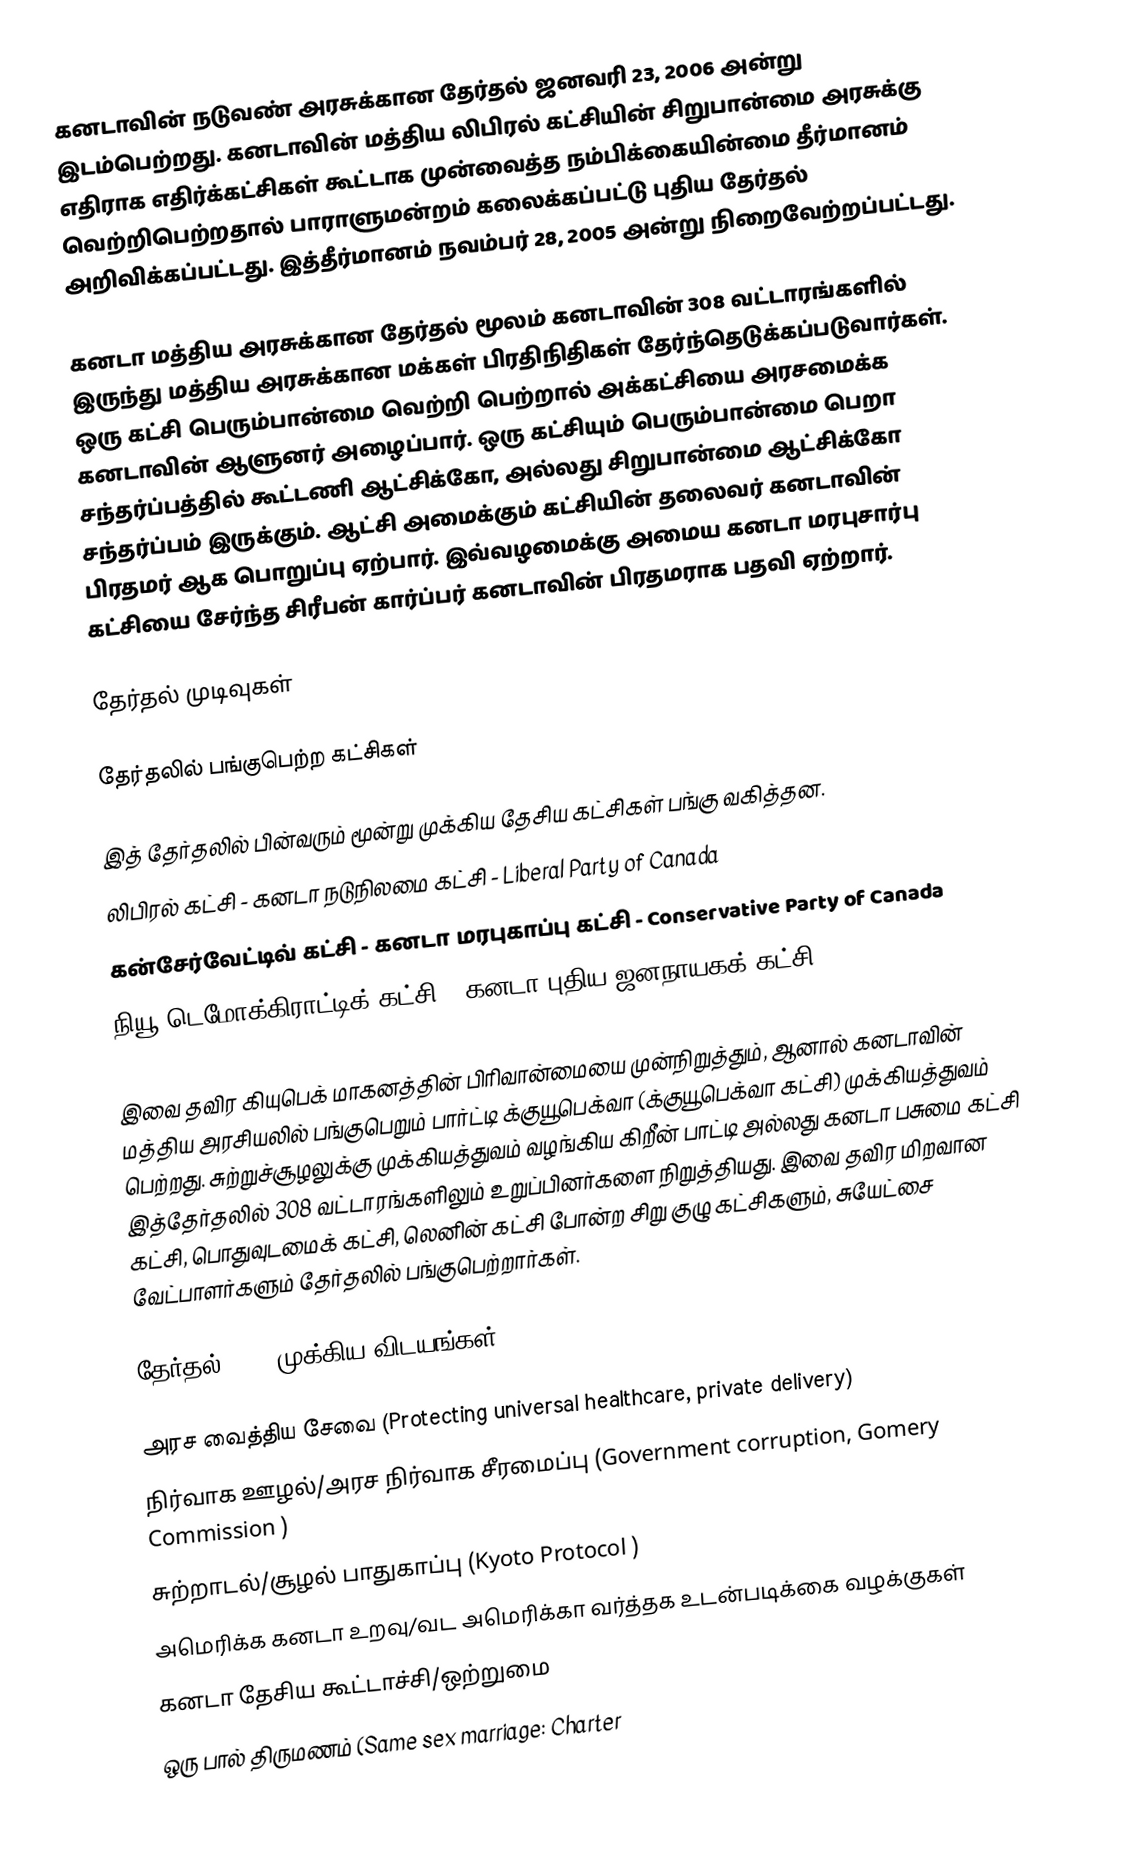
கனடாவின் நடுவண் அரசுக்கான தேர்தல் ஜனவரி 23, 2006 அன்று இடம்பெற்றது.   கனடாவின் மத்திய லிபிரல் கட்சியின் சிறுபான்மை அரசுக்கு எதிராக எதிர்க்கட்சிகள் கூட்டாக முன்வைத்த நம்பிக்கையின்மை தீர்மானம் வெற்றிபெற்றதால் பாராளுமன்றம் கலைக்கப்பட்டு புதிய தேர்தல் அறிவிக்கப்பட்டது. இத்தீர்மானம் நவம்பர் 28, 2005 அன்று நிறைவேற்றப்பட்டது.

கனடா மத்திய அரசுக்கான தேர்தல் மூலம் கனடாவின் 308 வட்டாரங்களில் இருந்து மத்திய அரசுக்கான மக்கள் பிரதிநிதிகள் தேர்ந்தெடுக்கப்படுவார்கள். ஒரு கட்சி பெரும்பான்மை வெற்றி பெற்றால் அக்கட்சியை அரசமைக்க கனடாவின் ஆளுனர் அழைப்பார்.  ஒரு கட்சியும் பெரும்பான்மை பெறா சந்தர்ப்பத்தில் கூட்டணி ஆட்சிக்கோ, அல்லது சிறுபான்மை ஆட்சிக்கோ சந்தர்ப்பம் இருக்கும். ஆட்சி அமைக்கும் கட்சியின் தலைவர் கனடாவின் பிரதமர் ஆக பொறுப்பு ஏற்பார்.  இவ்வழமைக்கு அமைய கனடா மரபுசார்பு கட்சியை சேர்ந்த சிரீபன் கார்ப்பர் கனடாவின் பிரதமராக பதவி ஏற்றார்.

தேர்தல் முடிவுகள்

தேர்தலில் பங்குபெற்ற கட்சிகள்

இத் தேர்தலில் பின்வரும் மூன்று முக்கிய தேசிய கட்சிகள் பங்கு வகித்தன.
 லிபிரல் கட்சி - கனடா நடுநிலமை கட்சி - Liberal Party of Canada
 கன்சேர்வேட்டிவ் கட்சி - கனடா மரபுகாப்பு கட்சி - Conservative Party of Canada
 நியூ டெமோக்கிராட்டிக் கட்சி - கனடா புதிய ஜனநாயகக் கட்சி - New Democratic Party (Canada)

இவை தவிர கியுபெக் மாகனத்தின் பிரிவான்மையை முன்நிறுத்தும், ஆனால் கனடாவின் மத்திய அரசியலில் பங்குபெறும் பார்ட்டி க்குயூபெக்வா (க்குயூபெக்வா கட்சி) முக்கியத்துவம் பெற்றது. சுற்றுச்சூழலுக்கு முக்கியத்துவம் வழங்கிய கிறீன் பாட்டி அல்லது கனடா பசுமை கட்சி இத்தேர்தலில் 308 வட்டாரங்களிலும் உறுப்பினர்களை நிறுத்தியது.  இவை தவிர மிறவான கட்சி, பொதுவுடமைக் கட்சி, லெனின் கட்சி போன்ற சிறு குழு கட்சிகளும், சுயேட்சை வேட்பாளர்களும் தேர்தலில் பங்குபெற்றார்கள்.

தேர்தல் 2006 முக்கிய விடயங்கள்

 அரச வைத்திய சேவை (Protecting universal healthcare, private delivery)
 நிர்வாக ஊழல்/அரச நிர்வாக சீரமைப்பு (Government corruption, Gomery Commission )
 சுற்றாடல்/சூழல் பாதுகாப்பு (Kyoto Protocol )
 அமெரிக்க கனடா உறவு/வட அமெரிக்கா வர்த்தக உடன்படிக்கை வழக்குகள்
 கனடா தேசிய கூட்டாச்சி/ஒற்றுமை
 ஒரு பால் திருமணம் (Same sex marriage: Charter